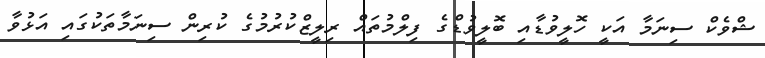
ޝްވެކް ސިނަމާ އަކީ ހޮލީވުޑާއި ބޮލީވުޑްގެ ފިލްމުތައް ރިލީޒްކުރުމުގެ ކުރިން ސިނަމާތަކުގައި އަޅުވާ